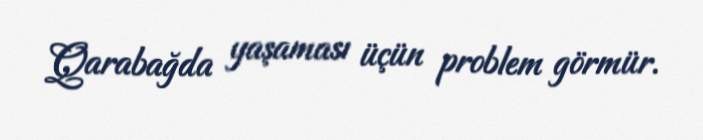
Qarabağda yaşaması üçün problem görmür.